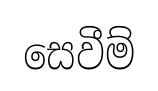
සෙවීම්